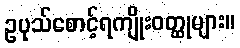
ဥပုသ်စောင့်ရကျိုးဝတ္ထုများ။